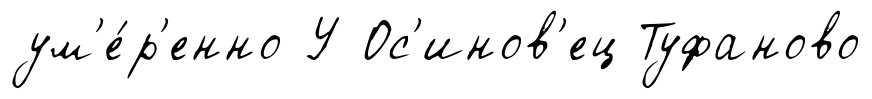
ум'е́р'енно У Ос'инов'ец Туфаново